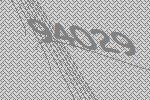
94029